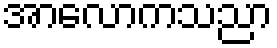
အာလောကသညာ